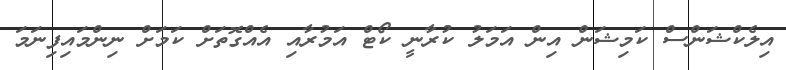
އިލެކްޝަންސް ކަމިޝަން އިން އަމަލު ކުރާނީ ކޯޓް އަމުރާއި އެއްގޮތަށް ކަމަށް ނިންމައިފިނަމަ